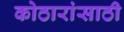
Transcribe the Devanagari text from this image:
कोठारांसाठी